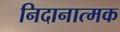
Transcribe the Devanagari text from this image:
निदानात्‍मक